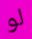
لو